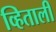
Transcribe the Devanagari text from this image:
व्हिताली